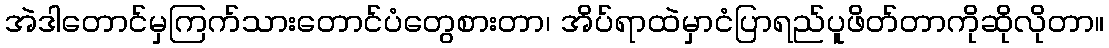
အဲဒါတောင်မှကြက်သားတောင်ပံတွေစားတာ၊ အိပ်ရာထဲမှာငံပြာရည်ပူဖိတ်တာကိုဆိုလိုတာ။